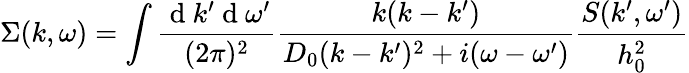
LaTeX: \Sigma(k,\omega)=\int\frac{\mathrm{~d~}k^{\prime}\mathrm{~d~}\omega^{\prime}}{(2\pi)^{2}}\frac{k(k-k^{\prime})}{D_{0}(k-k^{\prime})^{2}+i(\omega-\omega^{\prime})}\frac{S(k^{\prime},\omega^{\prime})}{h_{0}^{2}}